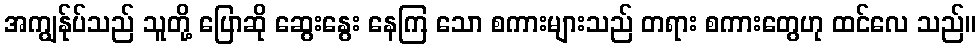
အကျွန်ုပ်သည် သူတို့ ပြောဆို ဆွေးနွေး နေကြ သော စကားများသည် တရား စကားတွေဟု ထင်လေ သည်။